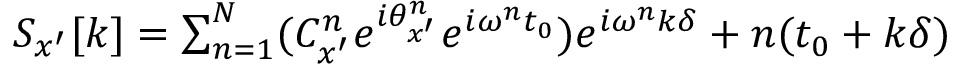
\begin{array} { r } { S _ { x ^ { \prime } } [ k ] = \sum _ { n = 1 } ^ { N } ( C _ { x ^ { \prime } } ^ { n } e ^ { i \theta _ { x ^ { \prime } } ^ { n } } e ^ { i \omega ^ { n } t _ { 0 } } ) e ^ { i \omega ^ { n } k \delta } + n ( t _ { 0 } + k \delta ) } \end{array}